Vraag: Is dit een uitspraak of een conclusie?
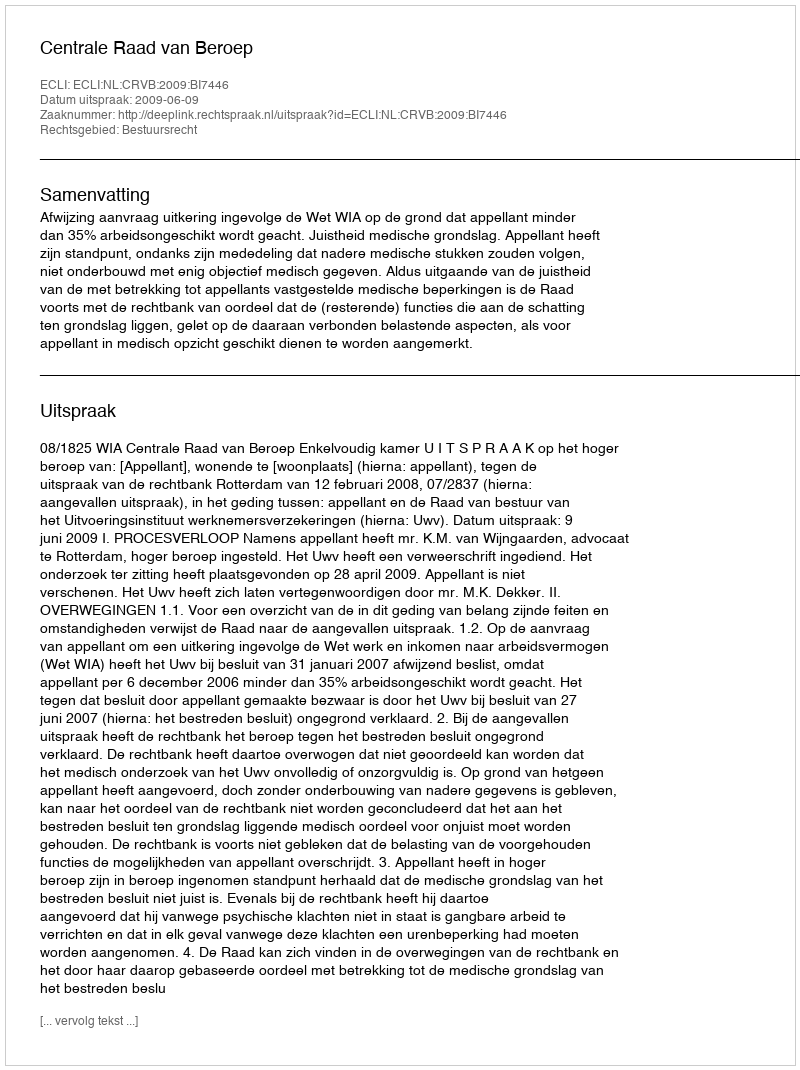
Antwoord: Uitspraak